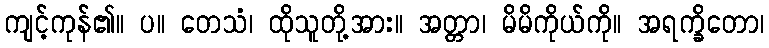
ကျင့်ကုန်၏။ ပ။ တေသံ၊ ထိုသူတို့အား။ အတ္တာ၊ မိမိကိုယ်ကို။ အရက္ခိတော၊